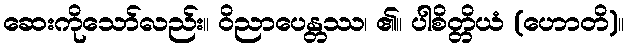
ဆေးကိုသော်လည်း။ ဝိညာပေန္တဿ၊ ၏။ ပါစိတ္တိယံ (ဟောတိ)။